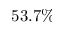
5 3 . 7 \%